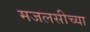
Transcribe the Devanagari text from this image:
मजलसीच्या